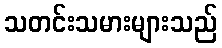
သတင်းသမားများသည်